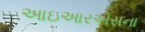
આઇઆરએસના